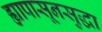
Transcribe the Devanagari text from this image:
ह्यापासूनसुद्धा